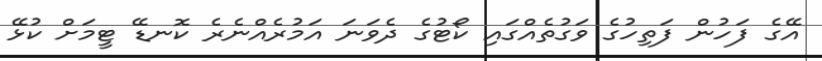
އޭގެ ފަހުން ފަތިހުގެ ވަގުތެއްގައި ކޯޓުގެ ދެވަނަ އަމުރެއްނެރެ ކޮނޑޭ ޓީމަށް ކުޅޭ